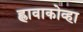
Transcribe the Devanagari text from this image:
ह्लावाकोव्हा